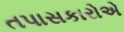
તપાસકારોએ